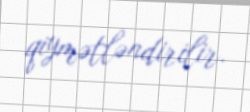
qiymətləndirilir.